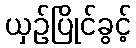
ယှဉ်ပြိုင်ခွင့်